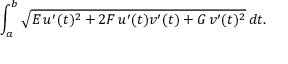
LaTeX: \int _ { a } ^ { b } { \sqrt { E \, u ^ { \prime } ( t ) ^ { 2 } + 2 F \, u ^ { \prime } ( t ) v ^ { \prime } ( t ) + G \, v ^ { \prime } ( t ) ^ { 2 } } } \, d t .